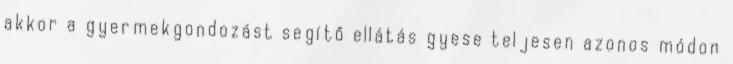
akkor a gyermekgondozást segítő ellátás gyese teljesen azonos módon